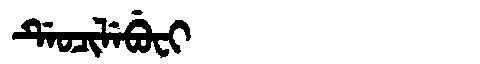
Manchu: ᡩᡝᠣᠴᡳᠯᡝᠪᡠᠸᡳ
Romanization: DEOCILEBUFI